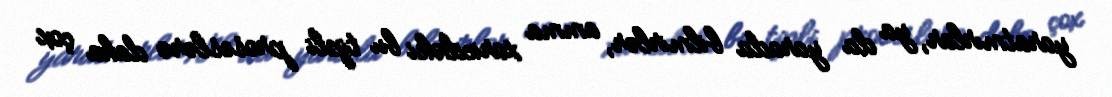
yaratmırlar, ya da yarada bilmirlər, amma xaricdəki bu tipli proseslərə daha çox